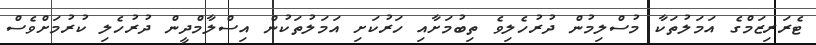
ޓެރަރިޒަމްގެ އަމަލުތަކާ މުސްލިމުން ދުރުހެލިވެ ތިބުމަށާއި ހަރުކަށި އަމަލުތަކުން އިސްލާމްދީން ދުރުހެލި ކުރުމަށްވެސް